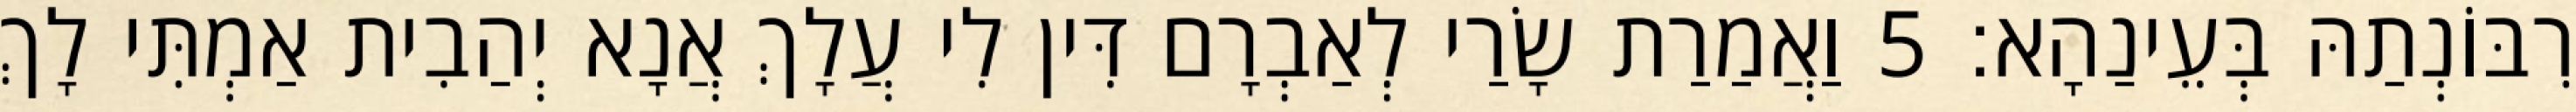
רִבּוֹנְתַהּ בְּעֵינַהָא׃ 5 וַאֲמַרַת שָׂרַי לְאַבְרָם דִּין לִי עֲלָךְ אֲנָא יְהַבִית אַמְתִּי לָךְ